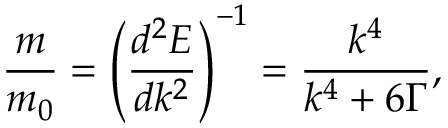
\frac { m } { { { m _ { 0 } } } } = { \left( { \frac { { { d ^ { 2 } } E } } { { d { k ^ { 2 } } } } } \right) ^ { - 1 } } = \frac { { { k ^ { 4 } } } } { { { k ^ { 4 } } + 6 \Gamma } } ,